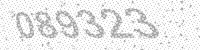
Solution: 089323